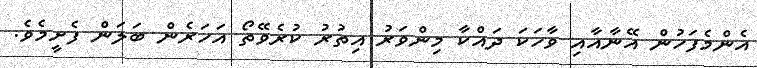
އެންމެފަހުން އޭނާއާއި ވާހަކަ ދައްކާ މިންވަރު އިތުރު ކުރެވޭތޯ އަހަރެން ބަލަން ފެށީމެވެ.